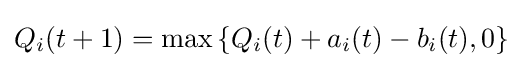
Q_{i}(t+1)=\max \left\{Q_{i}(t)+a_{i}(t)-b_{i}(t),0\right\}